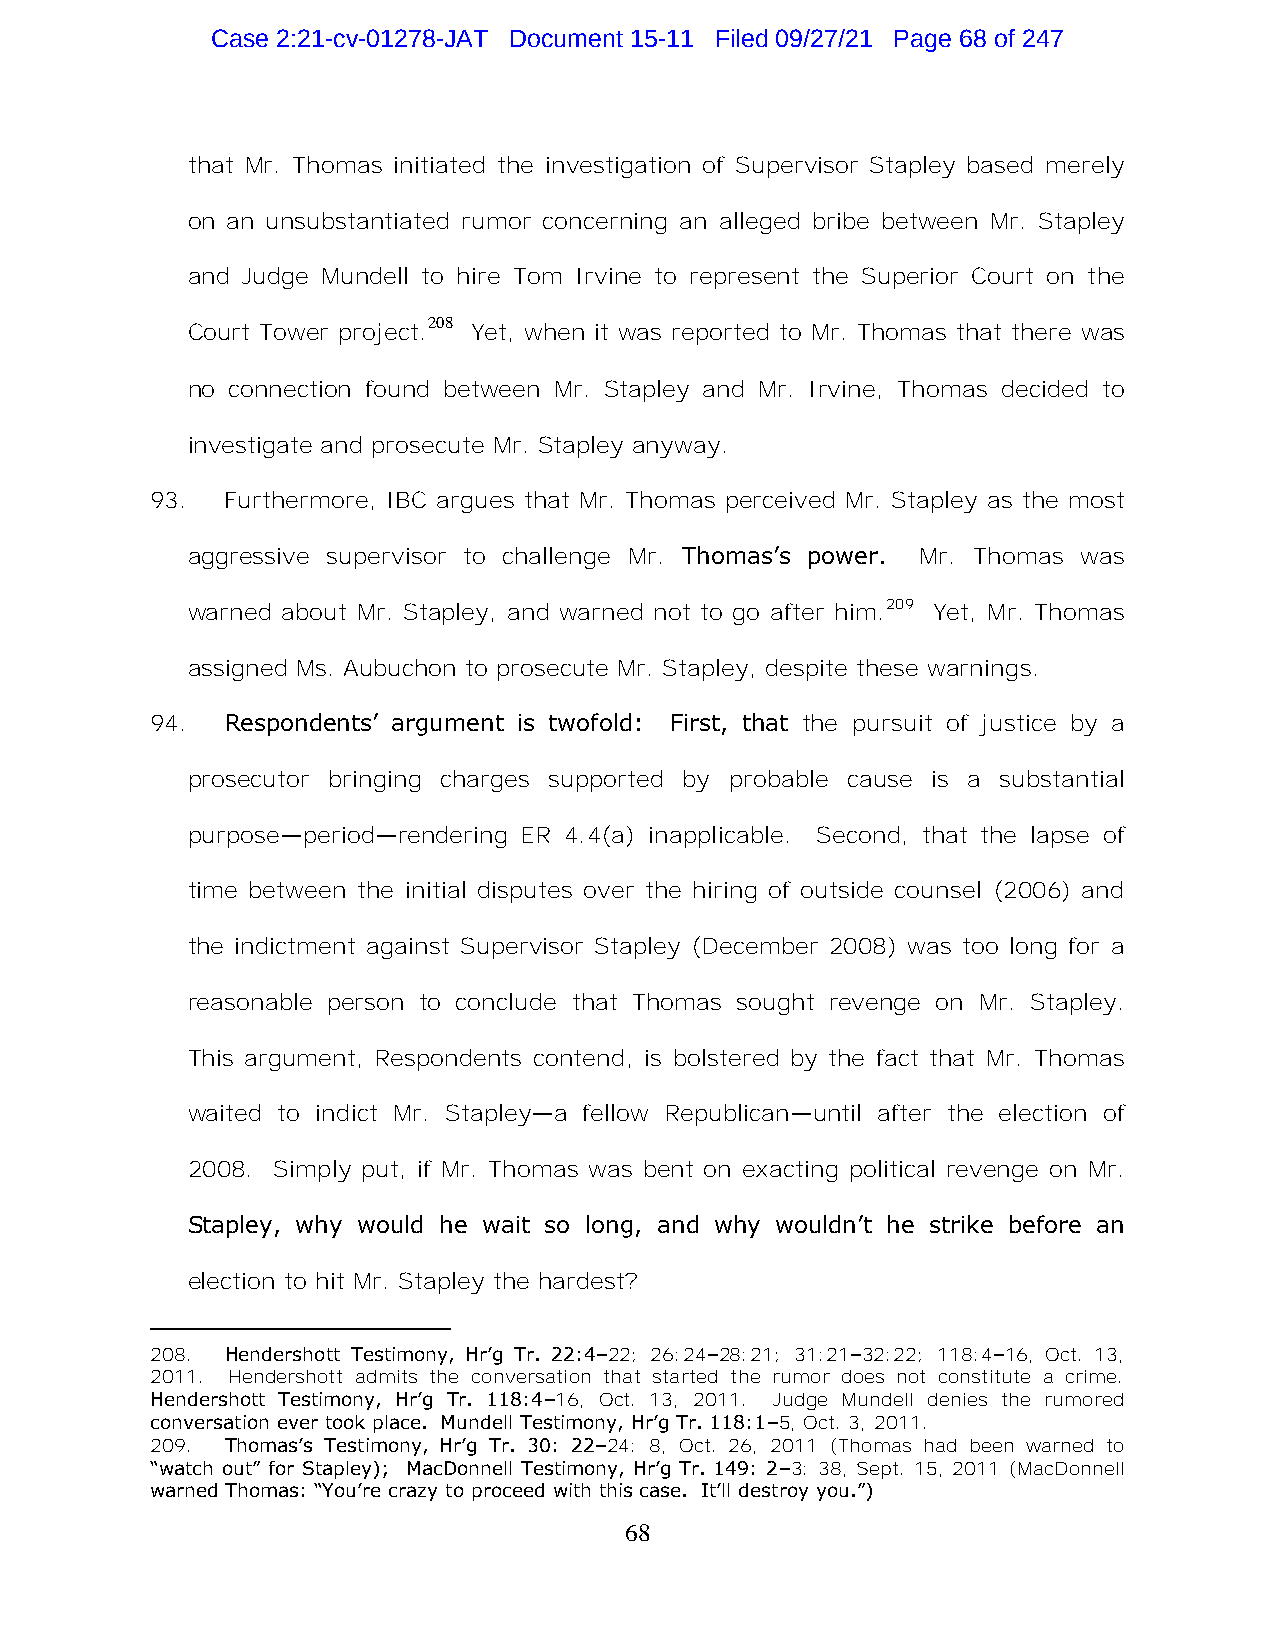
Case 2:21-cv-01278-JAT Document 15-11 Filed 09/27/21 Page 68 of 247
 that Mr. Thomas initiated the investigation of Supervisor Stapley based merely
 on an unsubstantiated rumor concerning an alleged bribe between Mr. Stapley
 and Judge Mundell to hire Tom Irvine to represent the Superior Court on the
 208
 Court Tower project. Yet, when it was reported to Mr. Thomas that there was
 no connection found between Mr. Stapley and Mr. Irvine, Thomas decided to
 investigate and prosecute Mr. Stapley anyway.
 93.  Furthermore, IBC argues that Mr. Thomas perceived Mr. Stapley as the most
 aggressive supervisor to challenge Mr. Thomas’s power. Mr. Thomas was
 warned about Mr. Stapley, and warned not to go after him.209 Yet, Mr. Thomas
 assigned Ms. Aubuchon to prosecute Mr. Stapley, despite these warnings.
 94.  Respondents’ argument is twofold: First, that the pursuit of justice by a
 prosecutor bringing charges supported by probable cause is a substantial
 purpose—period—rendering ER 4.4(a) inapplicable. Second, that the lapse of
 time between the initial disputes over the hiring of outside counsel (2006) and
 the indictment against Supervisor Stapley (December 2008) was too long for a
 reasonable person to conclude that Thomas sought revenge on Mr. Stapley.
 This argument, Respondents contend, is bolstered by the fact that Mr. Thomas
 waited to indict Mr. Stapley—a fellow Republican—until after the election of
 2008. Simply put, if Mr. Thomas was bent on exacting political revenge on Mr.
 Stapley, why would he wait so long, and why wouldn’t he strike before an
 election to hit Mr. Stapley the hardest?
 208. Hendershott Testimony, Hr’g Tr. 22:4–22; 26:24–28:21; 31:21–32:22; 118:4–16, Oct. 13,
 2011. Hendershott admits the conversation that started the rumor does not constitute a crime.
 Hendershott Testimony, Hr’g Tr. 118:4–16, Oct. 13, 2011. Judge Mundell denies the rumored
 conversation ever took place. Mundell Testimony, Hr’g Tr. 118:1–5, Oct. 3, 2011.
 209. Thomas’s Testimony, Hr’g Tr. 30: 22–24: 8, Oct. 26, 2011 (Thomas had been warned to
 “watch out” for Stapley); MacDonnell Testimony, Hr’g Tr. 149: 2–3: 38, Sept. 15, 2011 (MacDonnell
 warned Thomas: “You’re crazy to proceed with this case. It’ll destroy you.”)
 68